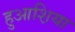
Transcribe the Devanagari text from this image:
हुआश़िया